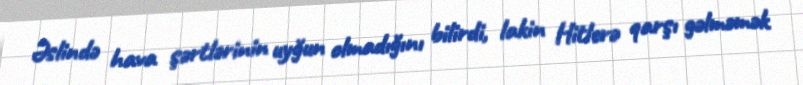
Əslində hava şərtlərinin uyğun olmadığını bilirdi, lakin Hitlerə qarşı gəlməmək